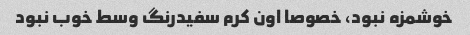
خوشمزه نبود، خصوصا اون کرم سفیدرنگ وسط خوب نبود